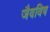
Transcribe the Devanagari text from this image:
जैवविष